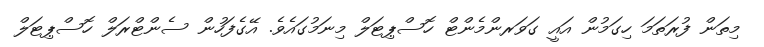
މިތަން ފުރަތަމަ ހިގަމުން އައީ ގަވަރންމެންޓް ހޮސްޕިޓަލް މިނަމުގައެވެ. އޭގެފަހުން ސެންޓްރަލްް ހޮސްޕިޓަލް